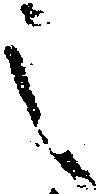
之